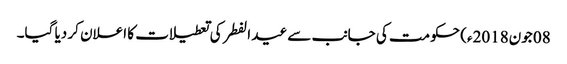
08 جون2018ء) حکومت کی جانب سے عید الفطر کی تعطیلات کا اعلان کر دیا گیا۔